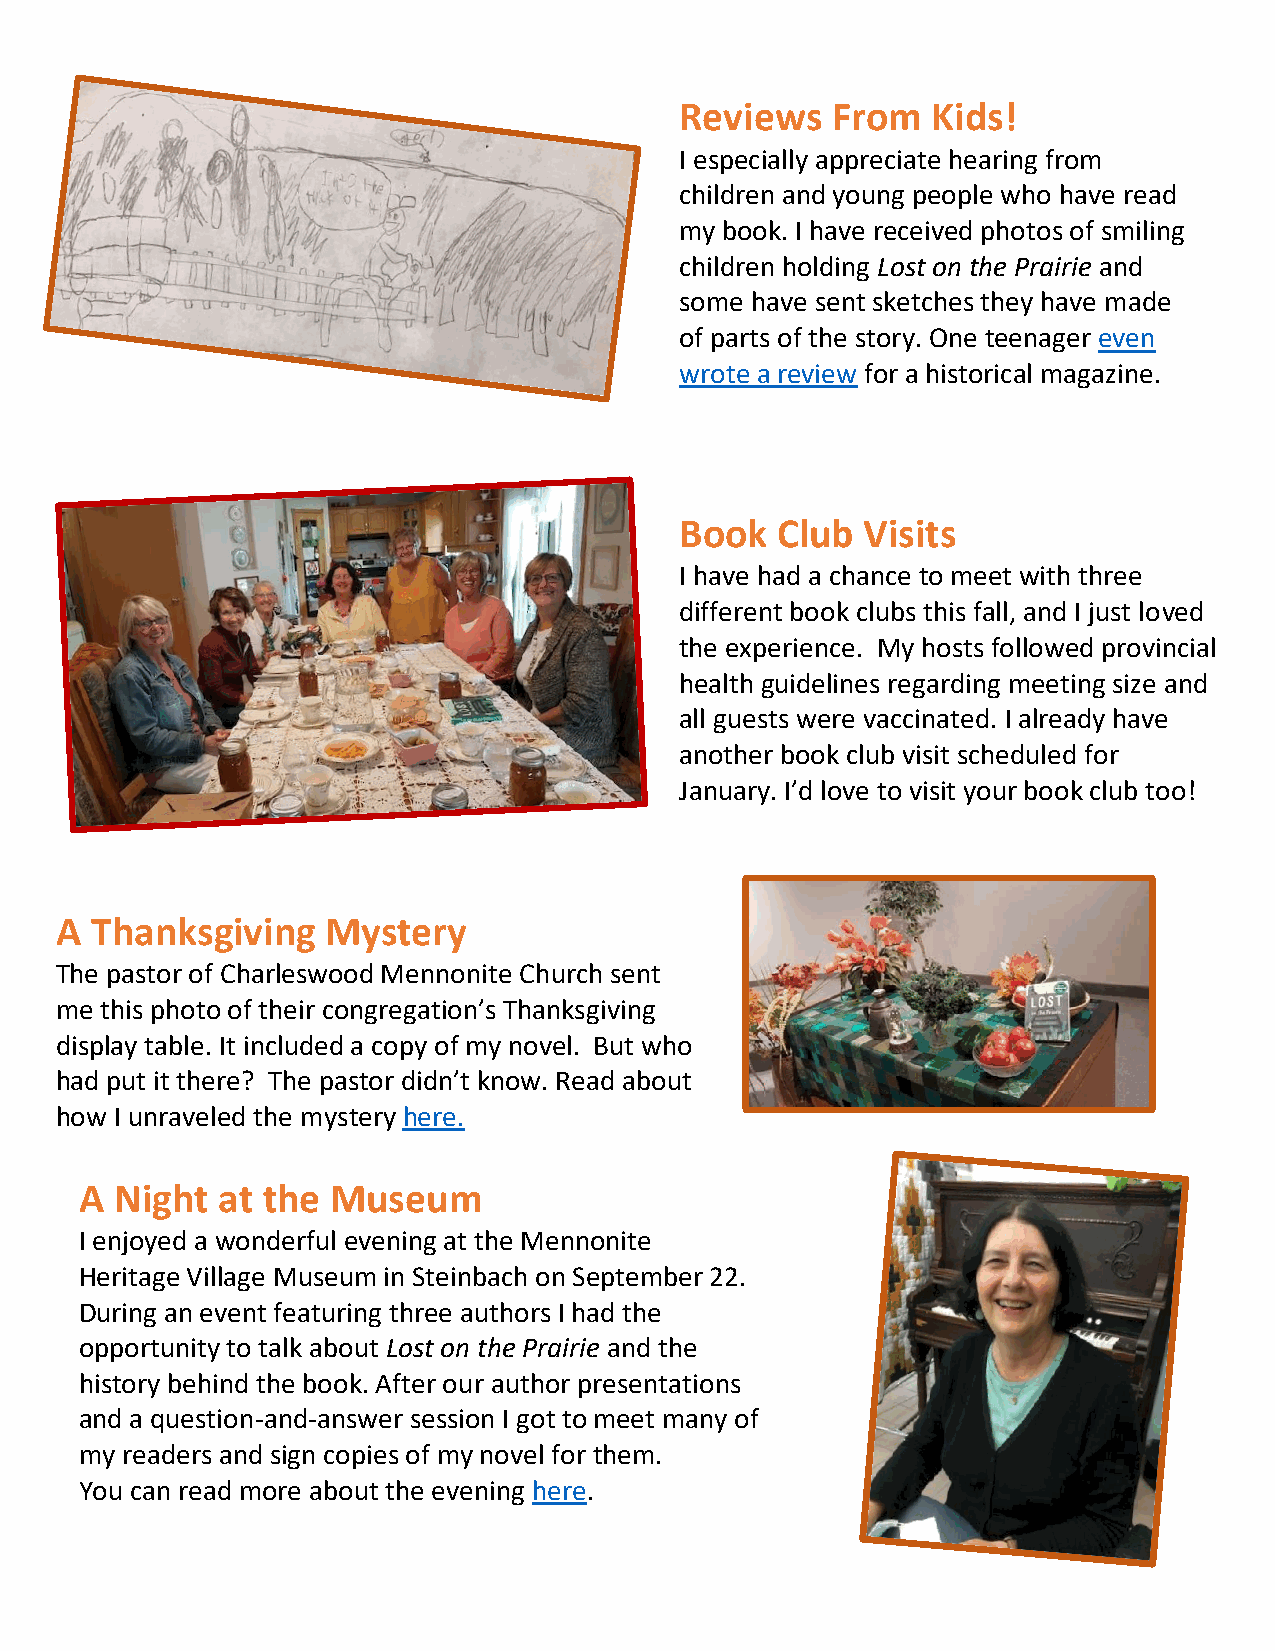
Reviews   From   Kids!
 I especially appreciate hearing from
 children and young people who have read
 my book. I have received photos of smiling
 children holding Lost on the Prairie and
 some have sent sketches they have made
 of parts of the story. One teenager even
 wrote a review for a historical magazine.
 Book  Club  Visits
 I have had a chance to meet with three
 different book clubs this fall, and I just loved
 the experience. My hosts followed provincial
 health guidelines regarding meeting size and
 all guests were vaccinated. I already have
 another book club visit scheduled for
 January. I’d love to visit your book club too!
 A Thanksgiving    Mystery
 The pastor of Charleswood Mennonite Church sent
 me this photo of their congregation’s Thanksgiving
 display table. It included a copy of my novel. But who
 had put it there? The pastor didn’t know. Read about
 how I unraveled the mystery here.
 A  Night at the  Museum
 I enjoy ed a wonderful evening at the Mennonite
 Herita ge Village Museum in Steinbach on September 22.
 During an event featuring three authors I had the
 oppor tunity to talk about Lost on the Prairie and the
 history behind the book. After our author presentations
 and a question-and-answer session I got to meet many of
 my rea ders and sign copies of my novel for them.
 You can read more about the evening here.